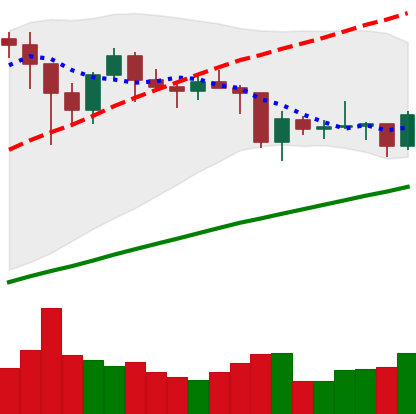
Ticker: BTC-USD
Chart end date: 2021-01-28
Forward return: 6.108%
Label: up_5_7